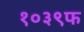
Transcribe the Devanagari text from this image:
१०३९फ